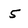
Character: 5